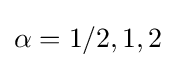
\alpha =1/2,1,2